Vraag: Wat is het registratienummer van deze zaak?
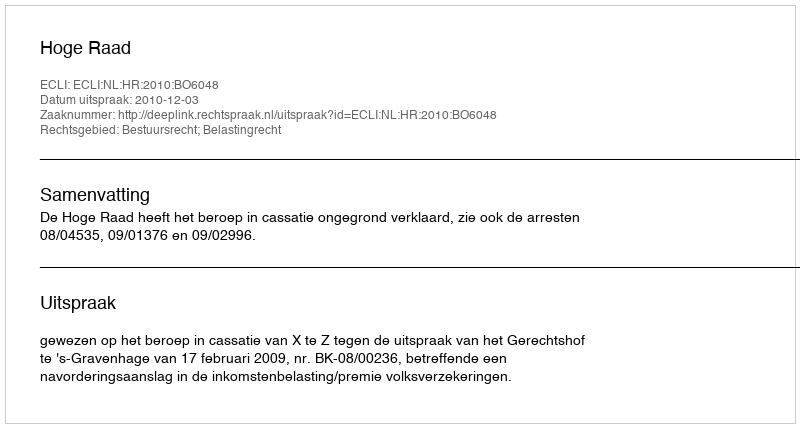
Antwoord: http://deeplink.rechtspraak.nl/uitspraak?id=ECLI:NL:HR:2010:BO6048